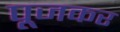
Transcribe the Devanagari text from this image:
पूजकर